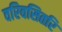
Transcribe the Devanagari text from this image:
वरिवसितरि